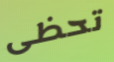
تحظى